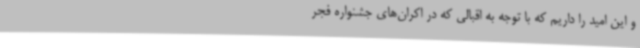
و این امید را داریم که با توجه به اقبالی که در اکران‌های جشنواره فجر